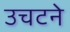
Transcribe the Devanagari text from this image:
उचटने